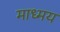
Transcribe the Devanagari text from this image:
माध्मय